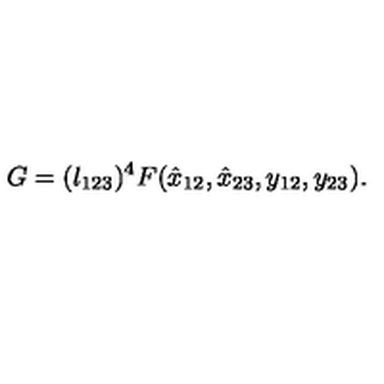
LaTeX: G = ( \l _ { 1 2 3 } ) ^ { 4 } F ( \hat { x } _ { 1 2 } , \hat { x } _ { 2 3 } , y _ { 1 2 } , y _ { 2 3 } ) .